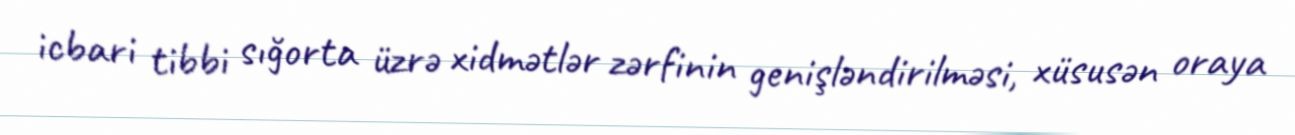
icbari tibbi sığorta üzrə xidmətlər zərfinin genişləndirilməsi, xüsusən oraya